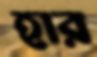
হার